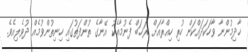
ޚާދިމުންނާ ވާހަކަދައްކަން ހުރި ހިއްރާއަށް ރަޚަބް ފެނުމާއެކު އޭނާގެ ތުންފަތުގައި ހިނިތުންވުމެއް ދުވެލިއެވެ.